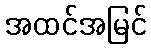
အထင်အမြင်